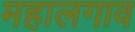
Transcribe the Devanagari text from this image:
महालगाव